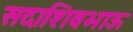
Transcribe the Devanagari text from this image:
सदाशिवभाऊ